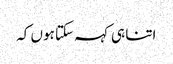
اتنا ہی کہہ سکتا ہوں کہ